Civil Veterinary Department. Madras. Admin. report 1926-33 - 1926-1933
Year: 1926
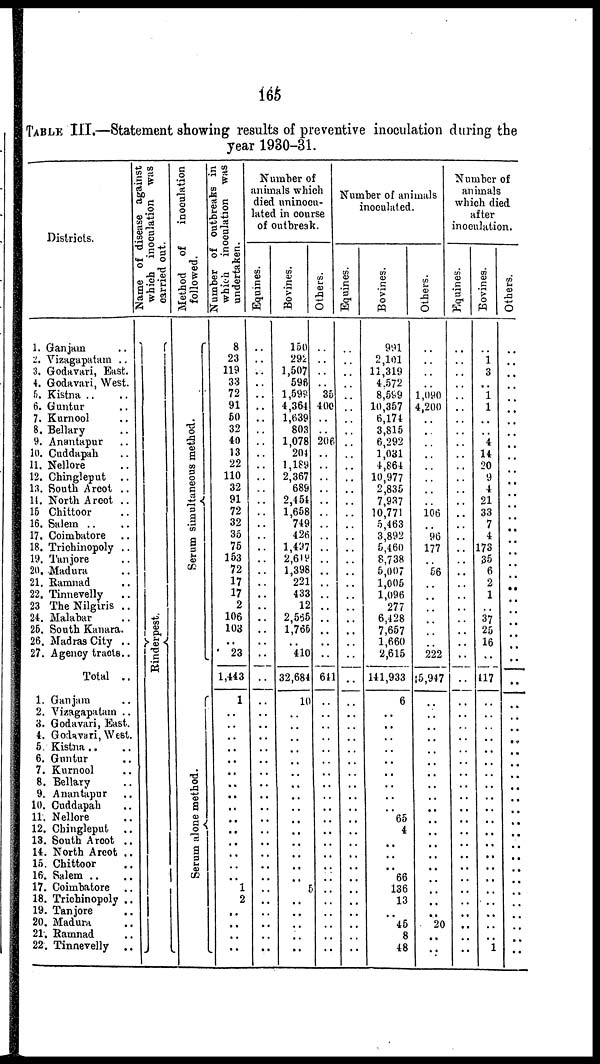
165
TABLE III.—Statement showing results of preventive inoculation during the
year 1930-31.
Districts.
1. Ganjam ..
2, Vizagapatam ..
3. Godavari, East.
4. Godavari, West.
5. Kistna .. ..
6. Guntur ..
7. Kurnool ..
8. Bellary ..
9. Anantapur ..
10. Cuddapah ..
11. Nellore ..
12. Chingleput
..
13. South Arcot ..
14. North Arcot ..
15 Chittoor ..
16. Salem .. ..
17. Coimbatore ..
18. Trichinopoly ..
19. Tanjore ..
2D. Madura ..
21. Ramnad ..
22. Tinnevelly ..
23 The Nilgiris ..
24. Malabar ..
25. South Kanara.
26. Madras City ..
27. Agency tracts..
Total ..
1. Ganjam ..
2. Vizagapatam ..
3. Godavari, East.
4. Godavari, West.
5. Kistna .. ..
6. Guntur ..
7. Kurnool ..
8. Bellary ..
9. Anantapur ..
10. Cuddapah ..
11. Nellore ..
12. Chingleput ..
13. South Arcot ..
14. North Arcot ..
15. Chittoor ..
16. Salem ..
17. Coimbatore ..
18. Trichinopoly ..
19. Tanjore ..
20. Madura
21. Ramnad ..
22. Tinnevelly ..
Name of disease against
which inoculation was
carried out.
Ri nder pes t
.
Method of
inoculation
followed.
Se r
um s i
mul t
a ne ous me t
hod.
Serum alone method.
Number of outbreaks in
which inoculation was
undertaken.
8
23
119
33
72
91
50
32
40
13
22
110 32
91
72
32
35
75
153
72
17
17
2
106
103
..
23
1,443
1
..
..
..
..
..
..
..
..
..
..
..
..
..
..
..
1
2
..
..
..
..
Number of
animals which
died uniocn-
lated in course
of outbreak.
Equines.
..
..
..
..
..
..
..
..
..
..
..
..
..
..
..
..
..
..
..
..
..
..
..
..
..
..
..
..
..
..
..
..
..
..
..
..
..
..
..
..
..
..
..
..
..
..
..
..
..
..
Bovines.
150
292
1,507
596
1,598
4,364
1,639
803
1,078
204
1,189
2,367
689
2,454
1,658
749
426
1,497
2,619
1,398
221
433
12
2,565
1,765
..
410
32,684
10
..
..
..
..
..
..
..
..
..
..
..
..
..
..
..
..
..
..
..
..
..
Others.
..
..
..
..
35
400
..
..
206
..
..
..
..
..
..
..
..
..
..
..
..
..
..
..
..
..
..
641
..
..
..
..
..
..
..
..
..
..
..
..
..
..
..
..
..
..
..
..
..
..
Number of animals
inoculated.
Equines.
..
..
..
..
..
..
..
..
..
..
..
..
..
..
..
..
..
..
..
..
..
..
..
..
..
..
..
..
..
..
..
..
..
..
..
..
..
..
..
..
..
..
..
..
..
..
..
..
..
..
Bovines.
991
2,101
11,319
4.572
8,599
10,357
6,174
3,815
6,292
1,031
4,864
10,977
2,835
7,937
10,771
5,463
3,892
5,460
8,738
5,007
1,005
1,096
277
6,128
7,657
1,660
2,615
141,933
6
..
..
..
..
..
..
..
..
..
65
4
..
..
..
66
136
13
..
45
8
48
Others.
..
..
..
..
1,090
4,200
..
..
..
..
..
..
..
..
106
..
96
177
..
56
..
..
..
..
..
..
222
5,947
..
..
..
..
..
..
..
..
..
..
..
..
..
..
..
..
..
..
..
20
..
..
Number of
animals
which died
after
inoculation.
Equines.
..
..
..
..
..
..
..
..
..
..
..
..
..
..
..
..
..
..
..
..
..
..
..
..
..
..
..
..
..
..
..
..
..
..
..
..
..
..
..
..
..
..
..
..
..
..
..
..
..
..
Bovines.
..
1
3
..
1
1
..
..
4
14
20
9
4
21
33
7
4
173
35
6
2
1
..
37
25
16
..
417
..
..
..
..
..
..
..
..
..
..
..
..
..
..
..
..
..
..
..
..
..
1
Others.
..
..
..
..
..
..
..
..
..
..
..
..
..
..
..
..
..
..
..
..
..
..
..
..
..
..
..
..
..
..
..
..
..
..
..
..
..
..
..
..
..
..
..
..
..
..
..
..
..
..